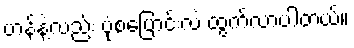
ဟန်နဲ့လည်း ပုံစံပြောင်းလဲ ထွက်လာပါတယ်။